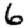
Digit: 6